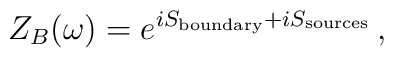
Z_B(\omega) = e^{iS_{{\rm boundary}} + iS_{{\rm sources}}} \,,